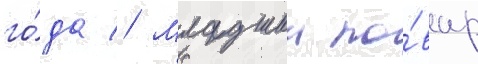
го́да // Младшии по́вар